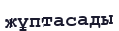
жұптасады